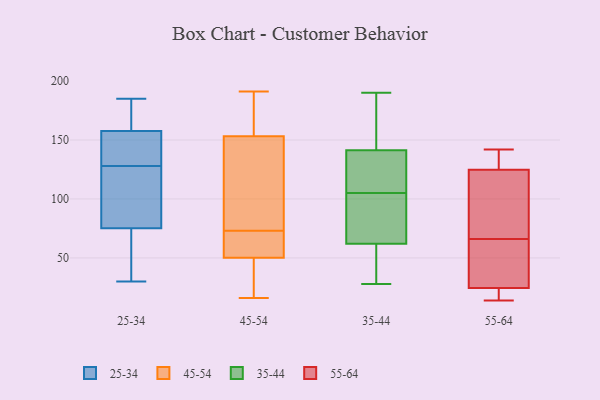
{"axis": {"x": "Operating Costs (USD K)", "y": "Value"}, "legend": ["25-34", "35-44", "45-54", "55-64"], "data": [{"x": "", "y": 164, "type": "25-34"}, {"x": "", "y": 76, "type": "25-34"}, {"x": "", "y": 159, "type": "25-34"}, {"x": "", "y": 153, "type": "25-34"}, {"x": "", "y": 128, "type": "25-34"}, {"x": "", "y": 75, "type": "25-34"}, {"x": "", "y": 118, "type": "25-34"}, {"x": "", "y": 30, "type": "25-34"}, {"x": "", "y": 185, "type": "25-34"}, {"x": "", "y": 71, "type": "25-34"}, {"x": "", "y": 133, "type": "25-34"}, {"x": "", "y": 70, "type": "45-54"}, {"x": "", "y": 120, "type": "45-54"}, {"x": "", "y": 172, "type": "45-54"}, {"x": "", "y": 59, "type": "45-54"}, {"x": "", "y": 151, "type": "45-54"}, {"x": "", "y": 59, "type": "45-54"}, {"x": "", "y": 16, "type": "45-54"}, {"x": "", "y": 191, "type": "45-54"}, {"x": "", "y": 93, "type": "45-54"}, {"x": "", "y": 57, "type": "45-54"}, {"x": "", "y": 73, "type": "45-54"}, {"x": "", "y": 125, "type": "45-54"}, {"x": "", "y": 155, "type": "45-54"}, {"x": "", "y": 48, "type": "45-54"}, {"x": "", "y": 154, "type": "45-54"}, {"x": "", "y": 177, "type": "45-54"}, {"x": "", "y": 19, "type": "45-54"}, {"x": "", "y": 34, "type": "45-54"}, {"x": "", "y": 37, "type": "45-54"}, {"x": "", "y": 126, "type": "35-44"}, {"x": "", "y": 57, "type": "35-44"}, {"x": "", "y": 130, "type": "35-44"}, {"x": "", "y": 41, "type": "35-44"}, {"x": "", "y": 45, "type": "35-44"}, {"x": "", "y": 143, "type": "35-44"}, {"x": "", "y": 136, "type": "35-44"}, {"x": "", "y": 79, "type": "35-44"}, {"x": "", "y": 28, "type": "35-44"}, {"x": "", "y": 105, "type": "35-44"}, {"x": "", "y": 90, "type": "35-44"}, {"x": "", "y": 190, "type": "35-44"}, {"x": "", "y": 77, "type": "35-44"}, {"x": "", "y": 148, "type": "35-44"}, {"x": "", "y": 147, "type": "35-44"}, {"x": "", "y": 66, "type": "55-64"}, {"x": "", "y": 127, "type": "55-64"}, {"x": "", "y": 17, "type": "55-64"}, {"x": "", "y": 14, "type": "55-64"}, {"x": "", "y": 24, "type": "55-64"}, {"x": "", "y": 26, "type": "55-64"}, {"x": "", "y": 136, "type": "55-64"}, {"x": "", "y": 82, "type": "55-64"}, {"x": "", "y": 67, "type": "55-64"}, {"x": "", "y": 44, "type": "55-64"}, {"x": "", "y": 66, "type": "55-64"}, {"x": "", "y": 118, "type": "55-64"}, {"x": "", "y": 20, "type": "55-64"}, {"x": "", "y": 136, "type": "55-64"}, {"x": "", "y": 142, "type": "55-64"}]}